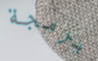
برمجة